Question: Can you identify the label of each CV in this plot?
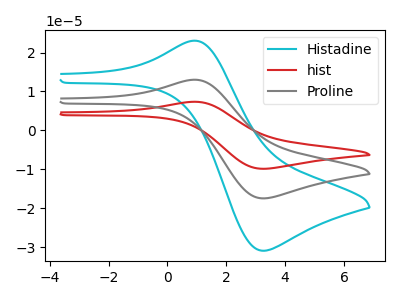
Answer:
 <answer>The cyan curve is labeled "Histadine". The red curve is labeled "hist". The gray curve is labeled "Proline".</answer>
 <eval></eval>